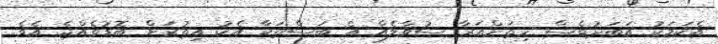
އެކަމަކު އަބަދުވެސް ހިތަށްއަރާ ސުވާލެއް އެ ބަސްތަކާ އެކު އިތުރަށް ބޮޑުވެއްޖެ އެވެ.